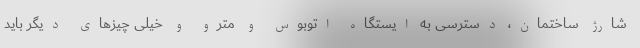
شارژ ساختمان، دسترسی به ایستگاه اتوبوس و مترو و خیلی چیزهای دیگر باید